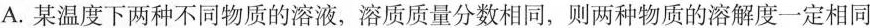
A.某温度下两种不同物质的溶液，溶质质量分数相同，则两种物质的溶解度一定相同